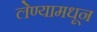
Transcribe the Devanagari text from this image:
लेण्यामधून